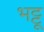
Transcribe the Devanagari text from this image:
भट्टू